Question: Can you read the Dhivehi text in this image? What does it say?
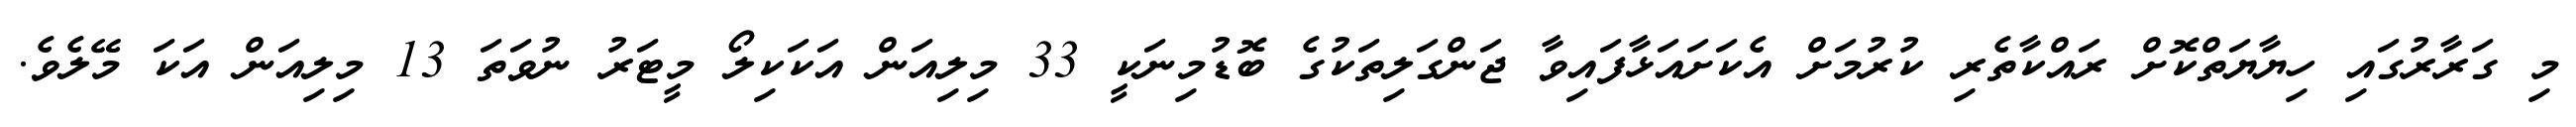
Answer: މި ގަރާރުގައި ހިޔާޔަތްކޮށް ރައްކާތެރި ކުރުމަށް އެކަށައަޅާފައިވާ ޖަންގަލިތަކުގެ ބޮޑުމިނަކީ 33 މިލިއަން އަކަކިލޯ މީޓަރު ނުވަތަ 13 މިލިއަން އަކަ މޭލެވެ.